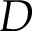
D